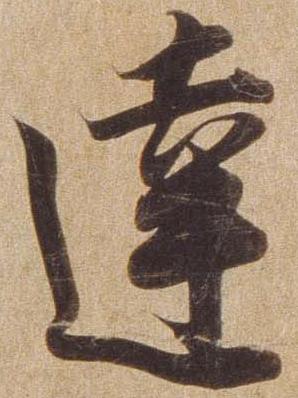
達